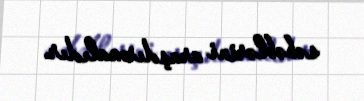
səbəblərini araşdırmalıdır.